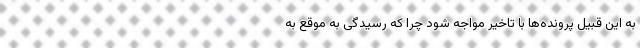
به این قبیل پرونده‌ها با تاخیر مواجه شود چرا که رسیدگی به موقع به